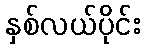
နှစ်လယ်ပိုင်း